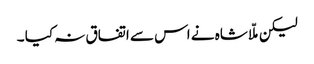
لیکن ملّا شاہ نے اس سے اتفاق نہ کیا ۔